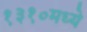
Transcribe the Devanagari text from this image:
१३१०मध्ये